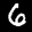
Label: 6